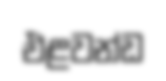
එළවන්ඩ